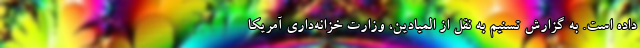
داده است. به گزارش تسنیم به نقل از المیادین، وزارت خزانه‌داری آمریکا